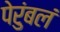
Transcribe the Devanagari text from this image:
पेरुंबलं